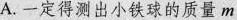
A.一定得测出小铁球的质量m